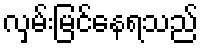
လှမ်းမြင်နေရသည်